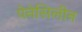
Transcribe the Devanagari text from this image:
पेनेसिलीन